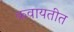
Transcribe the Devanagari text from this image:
कवायतीत